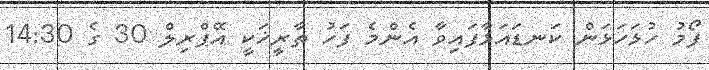
ފޯމު ހުޅަހަޅަން ކަނޑައަޅާފައިވާ އެންމެ ފަހު ތާރީޚަކީ އޭޕްރިލް 30 ގެ 14:30